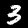
Digit: 3